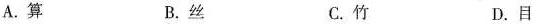
A.算 B.丝 C.竹 D.目